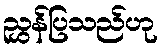
ညွှန်ပြသည်ဟု